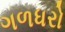
ગળધરો